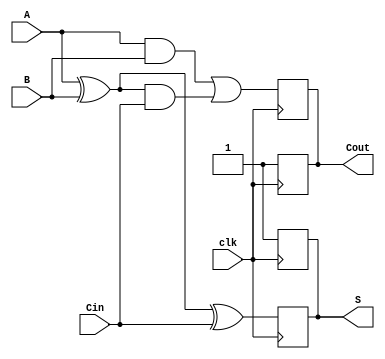
module dynamic_full_adder (
    input wire A,      // First binary input
    input wire B,      // Second binary input
    input wire Cin,    // Carry-in input
    input wire clk,    // Clock signal
    output reg S,      // Sum output
    output reg Cout    // Carry-out output
);

    // Internal signals for dynamic logic
    wire A_xor_B;
    wire A_and_B;
    wire A_xor_B_and_Cin;
    
    // Precharge phase (when clk is low)
    always @(negedge clk) begin
        S <= 1'b1;    // Precharge S to high
        Cout <= 1'b1; // Precharge Cout to high
    end

    // Evaluation phase (when clk is high)
    always @(posedge clk) begin
        // Compute A XOR B
        A_xor_B = A ^ B;

        // Compute A AND B
        A_and_B = A & B;

        // Compute (A XOR B) AND Cin
        A_xor_B_and_Cin = A_xor_B & Cin;

        // Compute Sum and Carry-out
        S <= A_xor_B ^ Cin; // S = A XOR B XOR Cin
        Cout <= A_and_B | A_xor_B_and_Cin; // Cout = (A AND B) OR ((A XOR B) AND Cin)
    end

endmodule